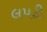
લપટી